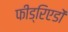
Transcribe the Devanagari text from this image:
फीड्रिएडों